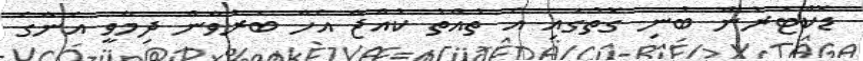
ޑޮކްޓަރުން ބުނި ގޮތުގައި އެ ތުއްތު ކުއްޖާ އެހާ ބަރުވާން ދިމާވީ އެނާގެ